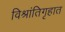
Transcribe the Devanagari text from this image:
विश्रांतिगृहात